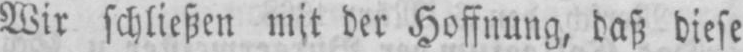
Wir schließen mit der Hoffnung, daß diese